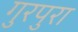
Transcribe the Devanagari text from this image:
गुरपुरा